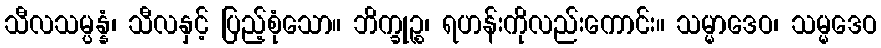
သီလသမ္ပန္နံ၊ သီလနှင့် ပြည့်စုံသော။ ဘိက္ခုဉ္စ၊ ရဟန်းကိုလည်းကောင်း။ သမ္မာဒေဝ၊ သမ္မဒေဝ